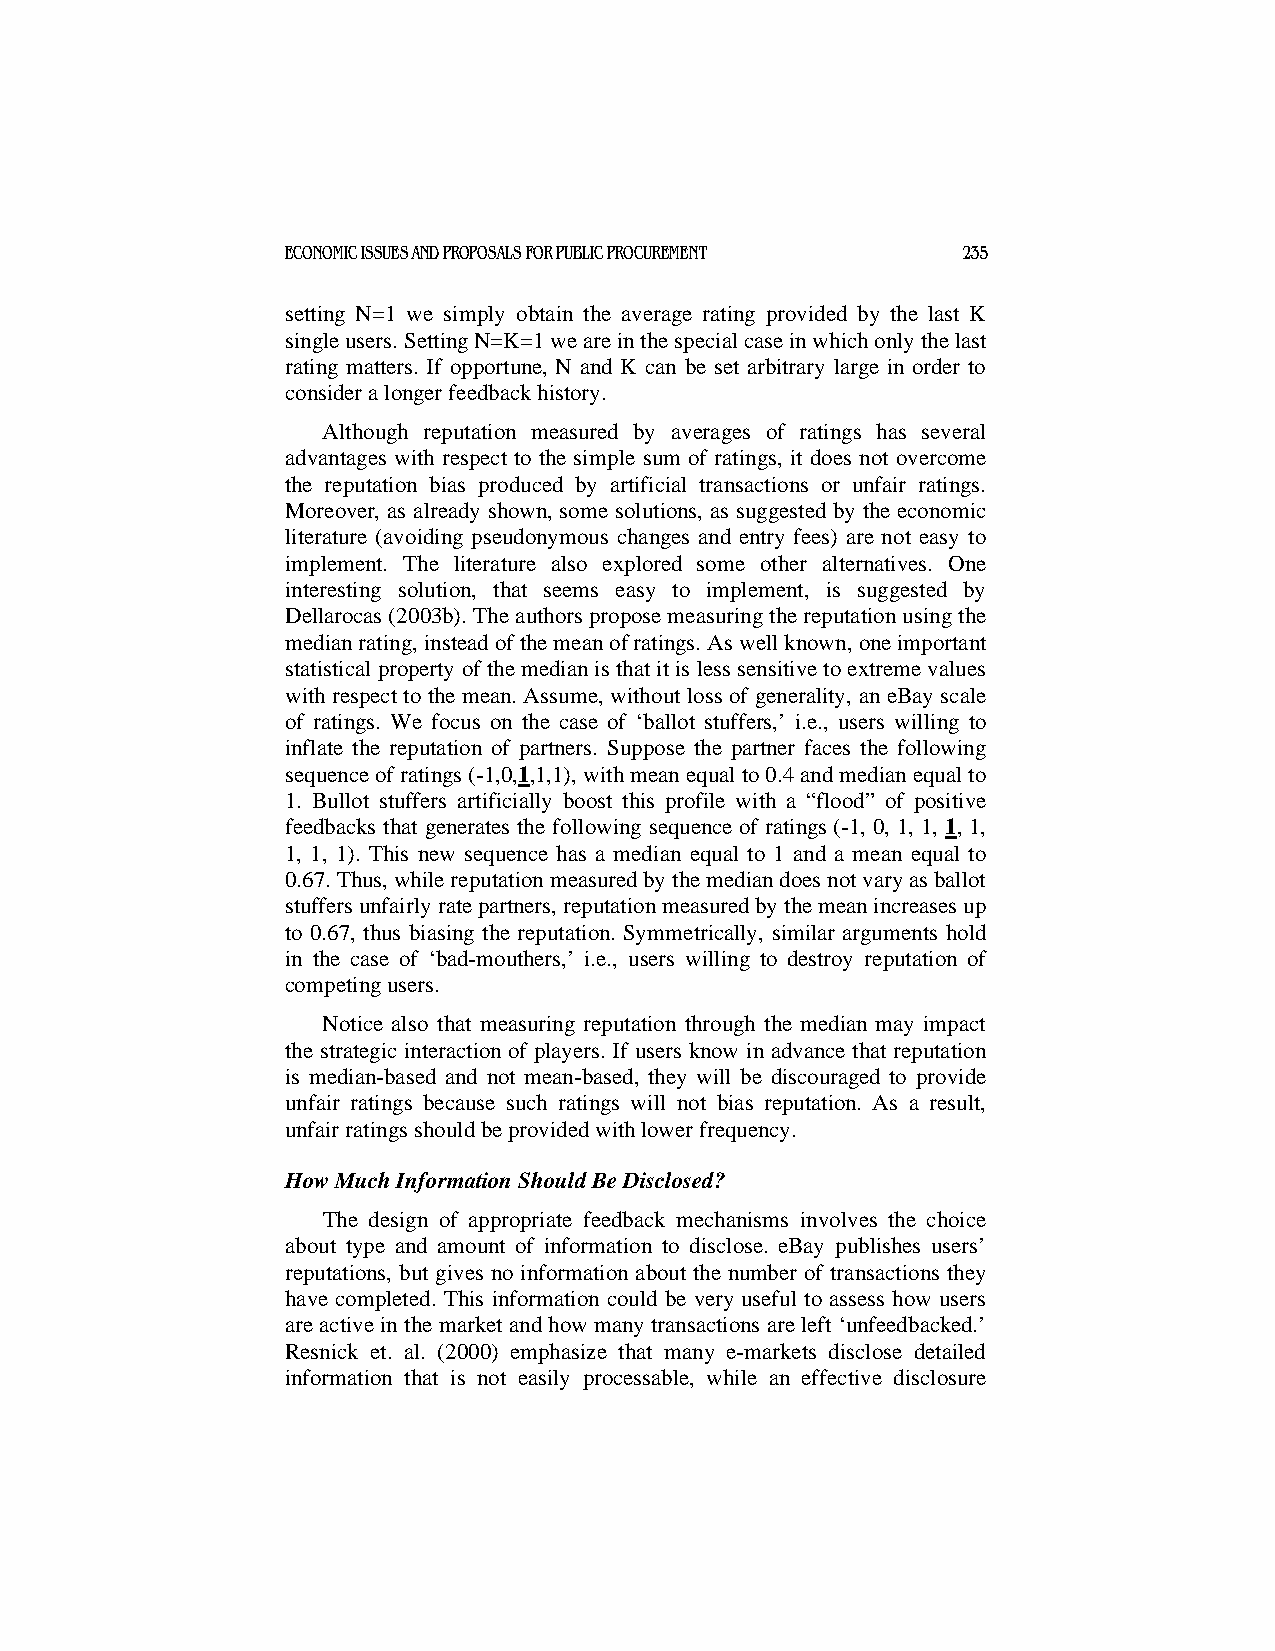
ECONOMIC ISSUES AND PROPOSALS FOR PUBLIC PROCUREMENT 235
 setting N=1 we simply obtain the average rating provided by the last K
 single users. Setting N=K=1 we are in the special case in which only the last
 rating matters. If opportune, N and K can be set arbitrary large in order to
 consider a longer feedback history.
 Although reputation measured by averages of ratings has several
 advantages with respect to the simple sum of ratings, it does not overcome
 the reputation bias produced by artificial transactions or unfair ratings.
 Moreover, as already shown, some solutions, as suggested by the economic
 literature (avoiding pseudonymous changes and entry fees) are not easy to
 implement. The literature also explored some other alternatives. One
 interesting solution, that seems easy to implement, is suggested by
 Dellarocas (2003b). The authors propose measuring the reputation using the
 median rating, instead of the mean of ratings. As well known, one important
 statistical property of the median is that it is less sensitive to extreme values
 with respect to the mean. Assume, without loss of generality, an eBay scale
 of ratings. We focus on the case of ‘ballot stuffers,’ i.e., users willing to
 inflate the reputation of partners. Suppose the partner faces the following
 sequence of ratings (-1,0,1,1,1), with mean equal to 0.4 and median equal to
 1. Bullot stuffers artificially boost this profile with a “flood” of positive
 feedbacks that generates the following sequence of ratings (-1, 0, 1, 1, 1, 1,
 1, 1, 1). This new sequence has a median equal to 1 and a mean equal to
 0.67. Thus, while reputation measured by the median does not vary as ballot
 stuffers unfairly rate partners, reputation measured by the mean increases up
 to 0.67, thus biasing the reputation. Symmetrically, similar arguments hold
 in the case of ‘bad-mouthers,’ i.e., users willing to destroy reputation of
 competing users.
 Notice also that measuring reputation through the median may impact
 the strategic interaction of players. If users know in advance that reputation
 is median-based and not mean-based, they will be discouraged to provide
 unfair ratings because such ratings will not bias reputation. As a result,
 unfair ratings should be provided with lower frequency.
 How Much Information Should Be Disclosed?
 The design of appropriate feedback mechanisms involves the choice
 about type and amount of information to disclose. eBay publishes users’
 reputations, but gives no information about the number of transactions they
 have completed. This information could be very useful to assess how users
 are active in the market and how many transactions are left ‘unfeedbacked.’
 Resnick et. al. (2000) emphasize that many e-markets disclose detailed
 information that is not easily processable, while an effective disclosure